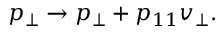
p _ { \bot } \rightarrow p _ { \bot } + p _ { 1 1 } v _ { \bot } .